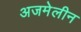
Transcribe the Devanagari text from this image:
अजमेलीन